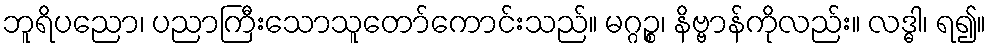
ဘူရိပညော၊ ပညာကြီးသောသူတော်ကောင်းသည်။ မဂ္ဂဉ္စ၊ နိဗ္ဗာန်ကိုလည်း။ လဒ္ဓါ၊ ရ၍။